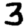
Digit: 3